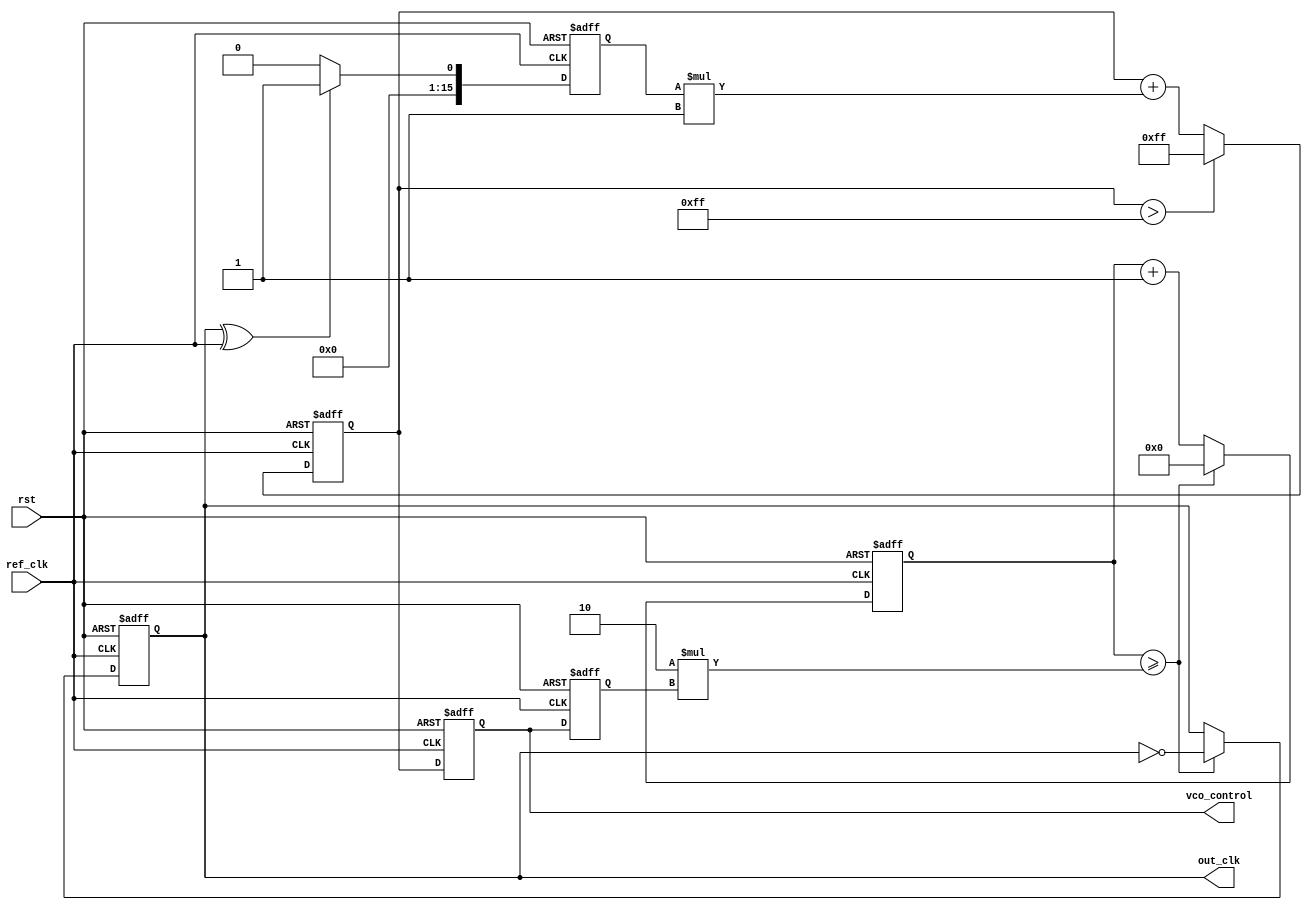
module PLL (
    input wire ref_clk,      // Reference clock input
    input wire rst,          // Reset signal
    output reg out_clk,      // Output clock
    output reg [15:0] vco_control // VCO control voltage (for tuning)
);

    // Parameters
    parameter DIV_FACTOR = 2; // Frequency divider factor
    parameter LOOP_FILTER_GAIN = 1; // Loop filter gain
    parameter VCO_MAX = 255; // Maximum VCO control value

    // Internal signals
    reg [15:0] phase_error;   // Phase error signal
    reg [15:0] loop_filter_output; // Loop filter output
    reg [15:0] vco_frequency; // VCO frequency
    reg [31:0] counter;        // Basic counter for output clock generation

    // Phase Detector (PD) - Simple XOR based for demonstration
    always @(posedge ref_clk or posedge rst) begin
        if (rst) begin
            phase_error <= 0;
        end else begin
            // Assuming out_clk is generated as per VCO frequency
            // This is a naive implementation for demonstration
            phase_error <= (out_clk ^ ref_clk) ? 1 : 0;
        end
    end

    // Loop Filter (LF) - Simple integrator with gain
    always @(posedge ref_clk or posedge rst) begin
        if (rst) begin
            loop_filter_output <= 0;
        end else begin
            loop_filter_output <= loop_filter_output + (phase_error * LOOP_FILTER_GAIN);
            // Limit the output to the maximum value
            if (loop_filter_output > VCO_MAX) begin
                loop_filter_output <= VCO_MAX;
            end
        end
    end

    // VCO - Simple frequency control
    always @(posedge ref_clk or posedge rst) begin
        if (rst) begin
            vco_frequency <= 0;
            vco_control <= 0;
            counter <= 0;
            out_clk <= 0;
        end else begin
            // Update VCO control based on loop filter output
            vco_control <= loop_filter_output;

            // Simple VCO behavior based on control voltage
            vco_frequency <= vco_control;

            // Generate output clock based on VCO frequency
            counter <= counter + 1;
            if (counter >= (DIV_FACTOR * vco_frequency)) begin
                out_clk <= ~out_clk; // Toggle output clock
                counter <= 0; // Reset counter
            end
        end
    end

endmodule